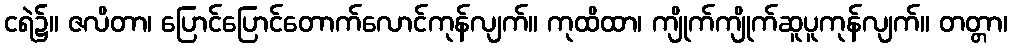
ငရဲ၌။ ဇလိတာ၊ ပြောင်ပြောင်တောက်လောင်ကုန်လျက်။ ကုထိထာ၊ ကျိုက်ကျိုက်ဆူပူကုန်လျက်။ တတ္တာ၊